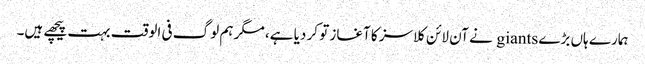
ہمارے ہاں بڑے giants نے آن لائن کلاسز کا آغاز تو کر دیا ہے، مگر ہم لوگ فی الوقت بہت پیچھے ہیں۔